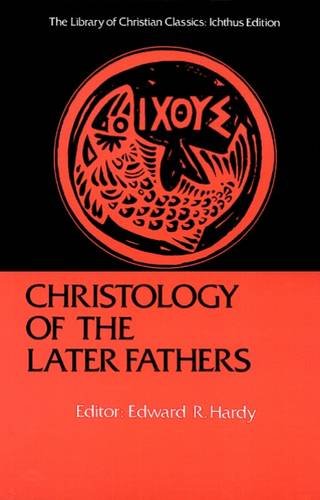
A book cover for Christology of the Later Fathers, Icthus Edition (Library of Christian Classics); Christian Books & Bibles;